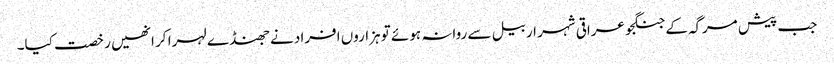
جب پیش مرگہ کے جنگجو عراقی شہر اربیل سے روانہ ہوئے تو ہزاروں افراد نے جھنڈے لہرا کر انھیں رخصت کیا۔